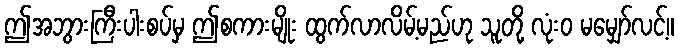
ဤအဘွားကြီးပါးစပ်မှ ဤစကားမျိုး ထွက်လာလိမ့်မည်ဟု သူတို့ လုံးဝ မမျှော်လင့်။